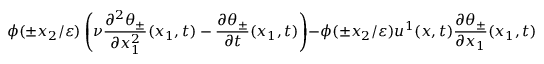
\phi ( \pm x _ { 2 } / \varepsilon ) \left( \nu \frac { \partial ^ { 2 } \theta _ { \pm } } { \partial x _ { 1 } ^ { 2 } } ( x _ { 1 } , t ) - \frac { \partial \theta _ { \pm } } { \partial t } ( x _ { 1 } , t ) \right) - \phi ( \pm x _ { 2 } / \varepsilon ) u ^ { 1 } ( x , t ) \frac { \partial \theta _ { \pm } } { \partial x _ { 1 } } ( x _ { 1 } , t ) ,